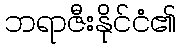
ဘရာဇီးနိုင်ငံ၏